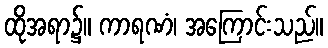
ထိုအရာ၌။ ကာရဏံ၊ အကြောင်းသည်။